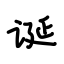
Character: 诞